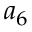
a _ { 6 }